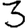
Digit: 3